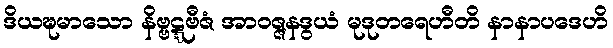
ဒိယဍ္ဎမာသော နိဗ္ဗဋ္ဋဗီဇံ အာဝဇ္ဇနဒွယံ မုဒုတရေဟီတိ နာနာပဒေဟိ